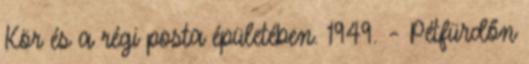
Kör és a régi posta épületében. 1949. – Pétfürdőn